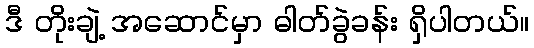
ဒီ တိုးချဲ့ အဆောင်မှာ ဓါတ်ခွဲခန်း ရှိပါတယ်။